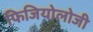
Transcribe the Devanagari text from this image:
फिजियोलोजी